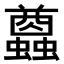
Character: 𧔭